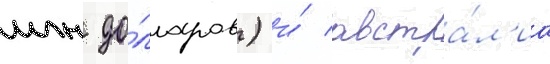
млн до́лларов) и́ австра́л'иа